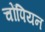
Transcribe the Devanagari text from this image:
चोंपियन